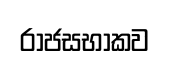
රාජසභාකව